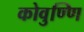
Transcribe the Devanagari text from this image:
कोवुण्णि